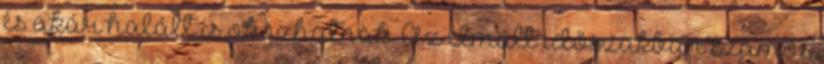
és akár halált is okozhatnak. Az elmúlt időszakban számos